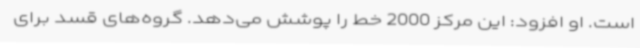
است. او افزود: این مرکز 2000 خط را پوشش می‌دهد. گروه‌های قسد برای